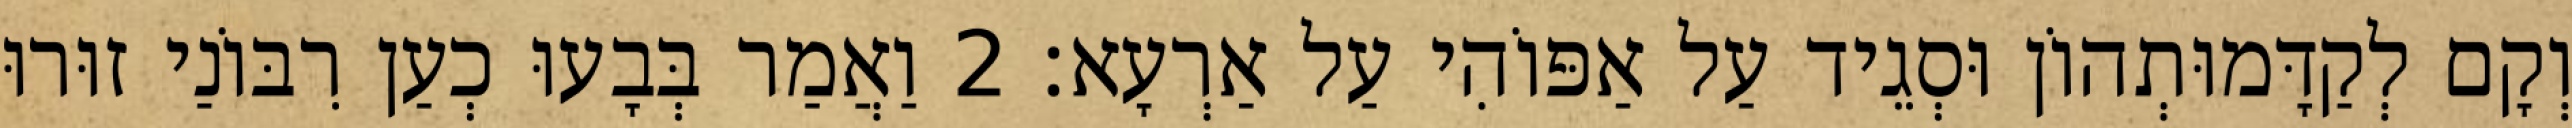
וְקָם לְקַדָּמוּתְהוֹן וּסְגֵיד עַל אַפּוֹהִי עַל אַרְעָא׃ 2 וַאֲמַר בְּבָעוּ כְעַן רִבּוֹנַי זוּרוּ